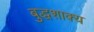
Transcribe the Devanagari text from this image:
बुद्धशाक्य